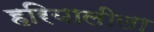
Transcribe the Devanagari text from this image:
हरियालीला